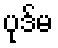
ပုဒ်မ